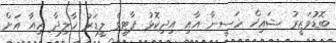
ބޮޑުވަޒީރު ޝައިޚް ހަސީނާ އާއި އިދިކޮޅު ޕާޓީގެ ލީޑަރު ޚާލިދާ ޒިއާ އަށް